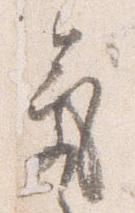
気